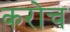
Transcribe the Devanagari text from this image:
करोच